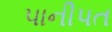
પાનીપત